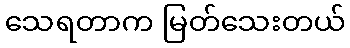
သေရတာက မြတ်သေးတယ်